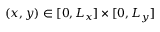
( x , y ) \in [ 0 , L _ { x } ] \times [ 0 , L _ { y } ]